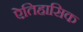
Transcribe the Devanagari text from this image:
ऐतिहासिक